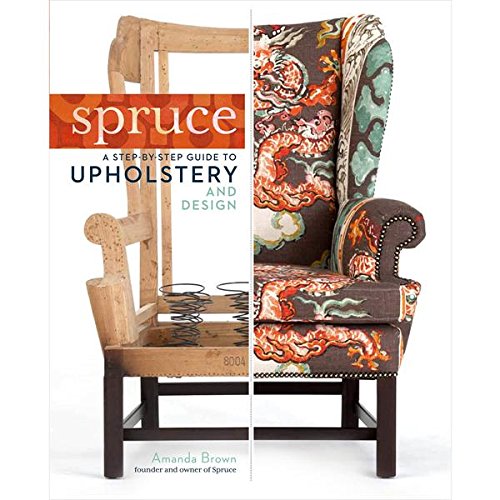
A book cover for Spruce: A Step-by-Step Guide to Upholstery and Design; Amanda Brown; Crafts, Hobbies & Home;